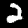
Label: 2